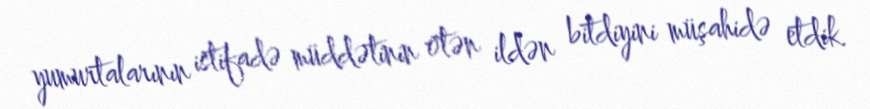
yumurtalarının istifadə müddətinin ötən ildən bitdiyini müşahidə etdik.